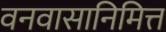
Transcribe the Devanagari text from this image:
वनवासानिमित्त